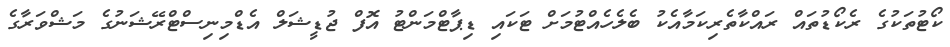
ކޯޓުތަކުގެ ރެކޯޑުތައް ރައްކާތެރިކަމާއެކު ބެލެހެއްޓުމަށް ޓަކައި ޑިޕާޓްމަންޓު އޮފް ޖުޑީޝަލް އެޑްމިނިސްޓްރޭޝަނުގެ މަޝްވަރާގެ